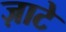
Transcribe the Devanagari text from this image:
ज़ाटे